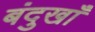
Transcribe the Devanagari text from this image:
बंदुखाँ